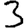
Digit: 3